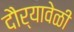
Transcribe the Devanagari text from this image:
दौर्‍यावेळी